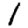
Digit: 1